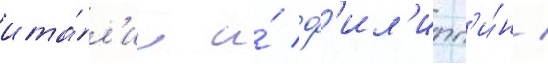
ита́л'ии и́ ф'ил'ипп'и́н /